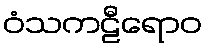
ဝံသကဠီရောဝ